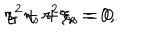
\eta _ { r } + r ^ { 2 } \xi _ { r } = 0 , \hspace { 1 c m } s ^ { 2 } \eta _ { s } + \xi _ { s } = 0 .